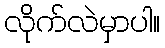
လိုက်လဲမှာပါ။